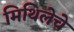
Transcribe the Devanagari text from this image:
मिथिलेचे